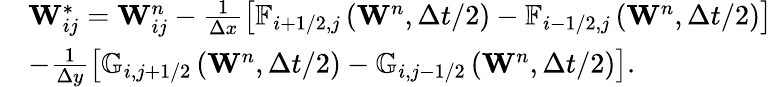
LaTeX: \begin{array}{rl}&{\mathbf{W}_{ij}^{*}=\mathbf{W}_{ij}^{n}-\frac{1}{\Delta x}\left[{{\mathbb{F}}_{i+1/2,j}}\left({{\mathbf{W}}^{n}},\Delta t/2\right)-{{\mathbb{F}}_{i-1/2,j}}\left({{\mathbf{W}}^{n}},\Delta t/2\right)\right]}\\ &{-\frac{1}{\Delta y}\left[{{\mathbb{G}}_{i,j+1/2}}\left({{\mathbf{W}}^{n}},\Delta t/2\right)-{{\mathbb{G}}_{i,j-1/2}}\left({{\mathbf{W}}^{n}},\Delta t/2\right)\right].}\end{array}